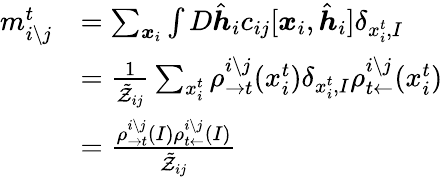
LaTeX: \begin{array}{rl}{m_{i\setminus j}^{t}}&{=\sum_{\boldsymbol{x}_{i}}\int D\hat{\boldsymbol{h}}_{i}c_{ij}[\boldsymbol{x}_{i},\hat{\boldsymbol{h}}_{i}]\delta_{x_{i}^{t},I}}\\ &{=\frac{1}{\tilde{\mathcal{Z}}_{ij}}\sum_{x_{i}^{t}}\rho_{\rightarrow t}^{i\setminus j}(x_{i}^{t})\delta_{x_{i}^{t},I}\rho_{t\leftarrow}^{i\setminus j}(x_{i}^{t})}\\ &{=\frac{\rho_{\rightarrow t}^{i\setminus j}(I)\rho_{t\leftarrow}^{i\setminus j}(I)}{\tilde{\mathcal{Z}}_{ij}}}\end{array}